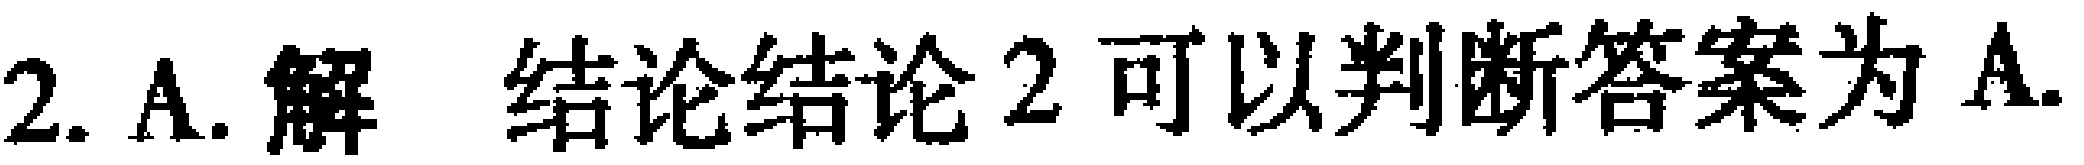
2. A. 解 结论结论 2 可以判断答案为 A.